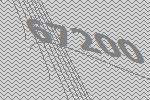
67200